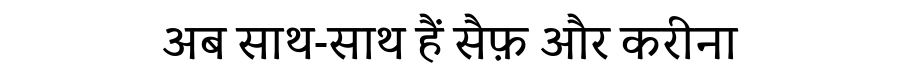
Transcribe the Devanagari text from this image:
अब साथ-साथ हैं सैफ़ और करीना